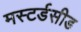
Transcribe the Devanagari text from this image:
मस्टर्डसीड